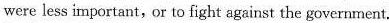
were less important,or to fight against the government.